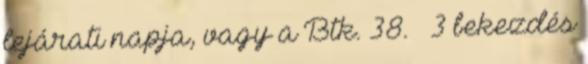
lejárati napja, vagy a Btk. 38. § 3 bekezdés